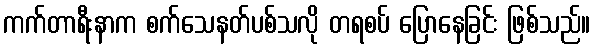
ကက်တာရီးနာက စက်သေနတ်ပစ်သလို တရစပ် ပြောနေခြင်း ဖြစ်သည်။